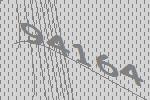
94164